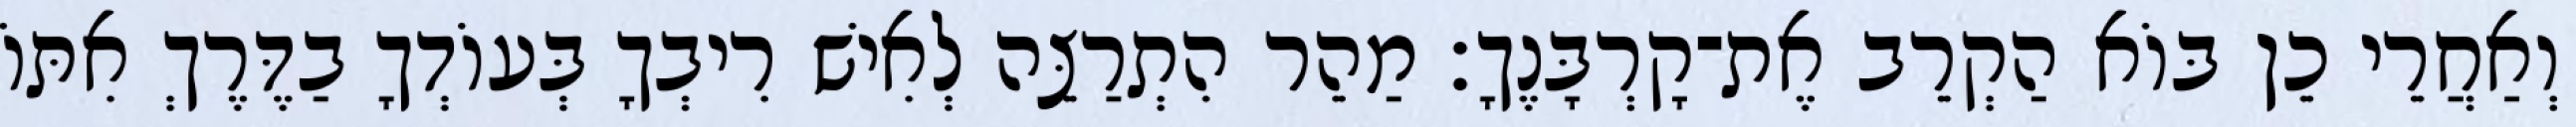
וְאַחֲרֵי כֵן בּוֹא הַקְרֵב אֶת־קָרְבָּנֶךָ׃ מַהֵר הִתְרַצֵּה לְאִישׁ רִיבְךָ בְּעוֹדְךָ בַדֶּרֶךְ אִתּוֹ